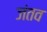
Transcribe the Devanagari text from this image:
जंतव